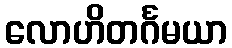
လောဟိတင်္ဂမယာ